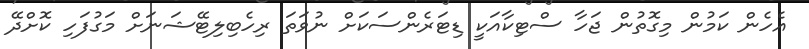
އެހެން ކަމުން މިގޮތުން ޖަހާ ސްޓިކާއަކީ ޑިޓަރެންސަކަށް ނުވަތަ ރިހެބިލިޓޭޝަނަށް މަގުފަހި ކޮށްދޭ